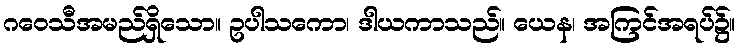
ဂဝေသီအမည်ရှိသော။ ဥပါသကော၊ ဒါယကာသည်။ ယေန၊ အကြင်အရပ်၌။